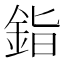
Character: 𬫏